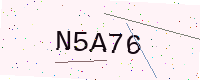
Text: N5A76